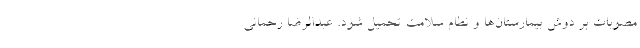
مصوبات بر دوش بیمارستان‌ها و نظام سلامت تحمیل شود. عبدالرضا رحمانی